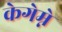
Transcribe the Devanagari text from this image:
केगेम्ने